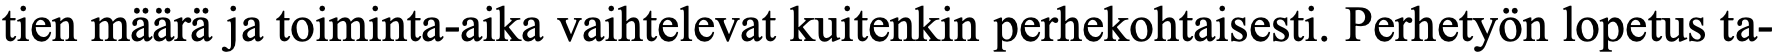
tien määrä ja toiminta-aika vaihtelevat kuitenkin perhekohtaisesti. Perhetyön lopetus ta-